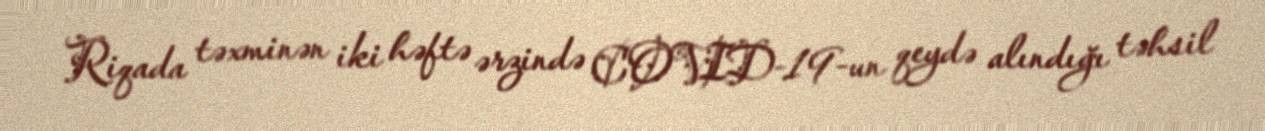
Riqada təxminən iki həftə ərzində COVID-19-un qeydə alındığı təhsil